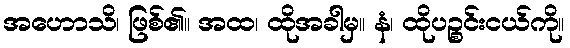
အဟောသိ၊ ဖြစ်၏။ အထ၊ ထိုအခါမှ။ နံ၊ ထိုပဉ္စင်းငယ်ကို။